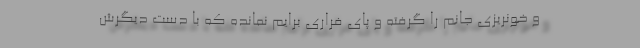
و خونریزی جانم را گرفته و پای فراری برایم نمانده که با دست دیگرش